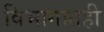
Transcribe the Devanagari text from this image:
विभागातही